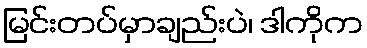
မြင်းတပ်မှာချည်းပဲ၊ ဒါကိုက